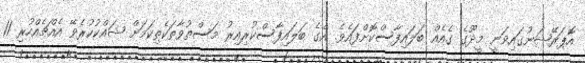
އޮޕަރޭޝަނުގައިވަނީ މީދޫގެ ގެއެއް ބަލައިފާސްކޮށްފައެވެ. އެގެ ބަލައިފާސްކުރިއިރު މަސްތުވާތަކެތިކަމަށް ޝައްކުކުރެވޭ އެއްޗެއްހުރި 11